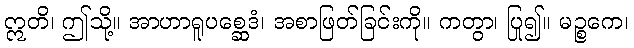
ဣတိ၊ ဤသို့။ အာဟာရူပစ္ဆေဒံ၊ အစာဖြတ်ခြင်းကို။ ကတွာ၊ ပြု၍။ မဉ္စကေ၊